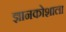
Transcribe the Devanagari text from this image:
ज्ञानकोशाला